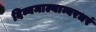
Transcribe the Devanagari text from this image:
दिव्यमाल्याम्बरधरं